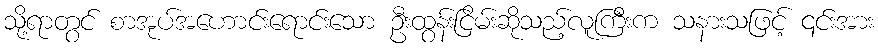
သို့ရာတွင် စာအုပ်အဟောင်းရောင်းသော ဦးထွန်းငြိမ်းဆိုသည့်လူကြီးက သနားသဖြင့် ၎င်းအား